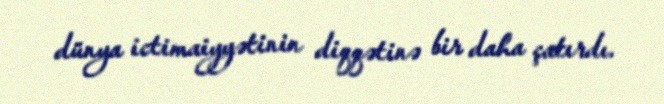
dünya ictimaiyyətinin diqqətinə bir daha çatırdı.